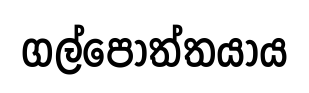
ගල්පොත්තයාය